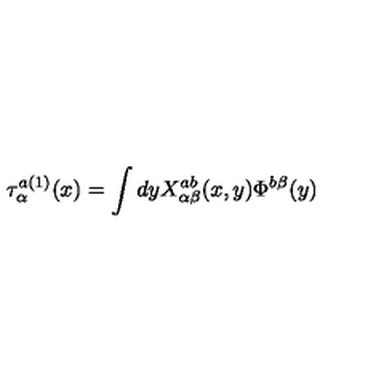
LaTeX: \tau _ { \alpha } ^ { a ( 1 ) } ( x ) = \int d y X _ { \alpha \beta } ^ { a b } ( x , y ) \Phi ^ { b \beta } ( y )